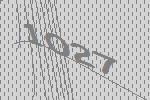
1027